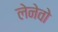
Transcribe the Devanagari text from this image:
लेनेवो